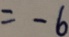
= - 6